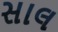
સાલ